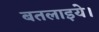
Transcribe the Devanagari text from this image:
बतलाइये।